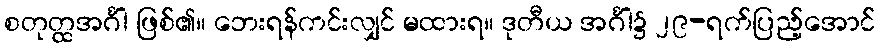
စတုတ္ထအင်္ဂါ ဖြစ်၏။ ဘေးရန်ကင်းလျှင် မထားရ။ ဒုတီယ အင်္ဂါ၌ ၂၉-ရက်ပြည့်အောင်